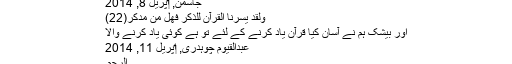
جاسمن, ‏اپریل 8, 2014
وَلَقَدْ يَسَّرْنَا الْقُرْآنَ لِلذِّكْرِ فَهَلْ مِن مُّدَّكِرٍ(22)
اور بیشک ہم نے آسان کیا قرآن یاد کرنے کے لئے تو ہے کوئی یاد کرنے والا
عبدالقیوم چوہدری, ‏اپریل 11, 2014
الرَّحْمَ۔